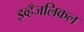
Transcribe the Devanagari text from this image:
इव्हँजलिकल